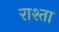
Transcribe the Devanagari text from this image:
राश्ता